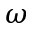
\omega